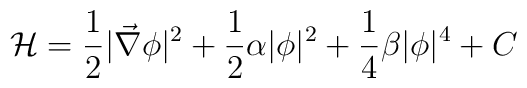
{\mathcal H}= \frac{1}{2} |\vec{\nabla}\phi |^2 +\frac{1}{2} \alpha |\phi |^2 +\frac{1}{4} \beta |\phi|^4 + C